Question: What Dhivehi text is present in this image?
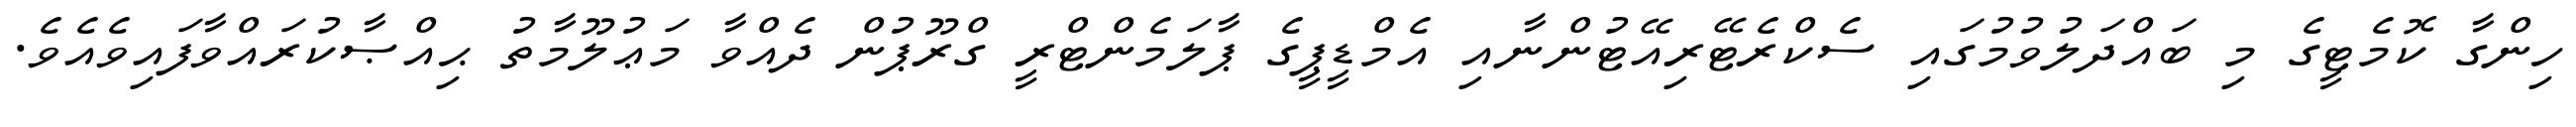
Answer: ހިންގާ ކޮމެޓީގެ މި ބައްދަލުވުމުގައި ސެކްރެޓޭރިއޭޓުންނާއި އެމްޑީޕީގެ ޕާލަމެންޓްރީ ގްރޫޕުން ދެއްވާ މަޢުލޫމާތު ޙިއްޞާކުރައްވާފައިވެއެވެ.